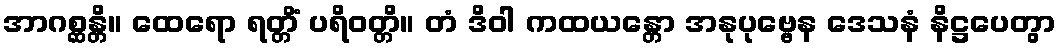
အာဂစ္ဆန္တိ။ ထေရော ရတ္တိံ ပရိဝတ္တိ။ တံ ဒိဝါ ကထယန္တော အနုပုဗ္ဗေန ဒေသနံ နိဋ္ဌပေတွာ